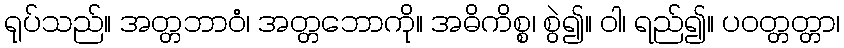
ရုပ်သည်။ အတ္တဘာဝံ၊ အတ္တဘောကို။ အဓိကိစ္စ၊ စွဲ၍။ ဝါ၊ ရည်၍။ ပဝတ္တတ္တာ၊